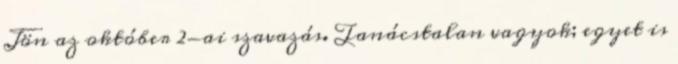
Jön az október 2-ai szavazás. Tanácstalan vagyok; egyet is